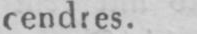
cendres.